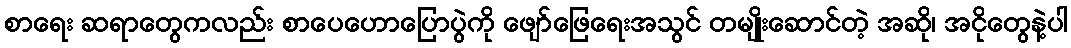
စာရေး ဆရာတွေကလည်း စာပေဟောပြောပွဲကို ဖျော်ဖြေရေးအသွင် တမျိုးဆောင်တဲ့ အဆို၊ အငိုတွေနဲ့ပါ